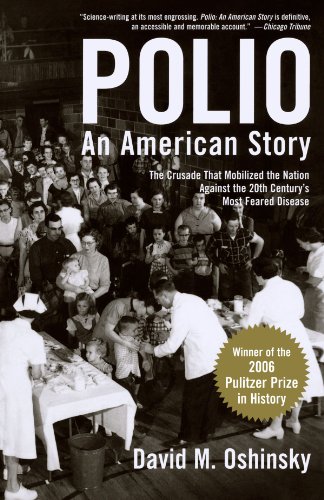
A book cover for Polio: An American Story; David M. Oshinsky; Medical Books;